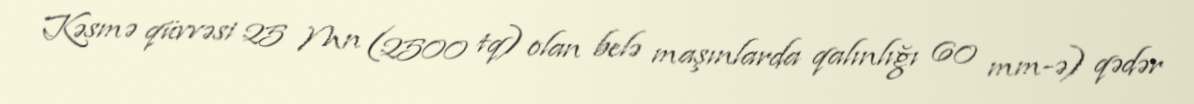
Kəsmə qüvvəsi 25 Mn (2500 tq) olan belə maşınlarda qalınlığı 60 mm-ə) qədər